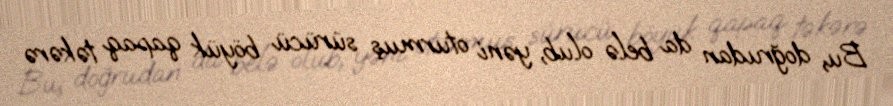
Bu, doğrudan da belə olub, yəni oturmuş sürücü böyük qapaq təkərə